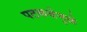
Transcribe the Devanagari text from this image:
पटकथेमुळे